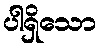
ပါရှိသော